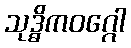
သုဒ္ဓိကဝဂ္ဂေါ